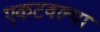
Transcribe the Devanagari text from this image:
एकटवल्या